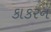
કાકરન